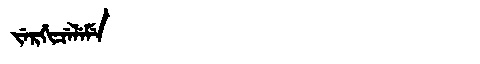
Manchu: ᠵᡝᡵᡤᡳᠴᡝᠯᡝᠮᡝ
Romanization: JERGICELEME